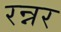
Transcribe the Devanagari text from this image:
रन्नर